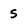
Character: S